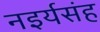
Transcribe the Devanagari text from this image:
नइर्यसंह